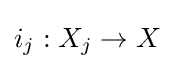
i_{j}:X_{j}\rightarrow X